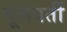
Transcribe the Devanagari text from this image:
मूलवर्ती